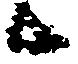
候